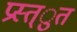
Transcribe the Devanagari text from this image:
प्रस्त्ुत